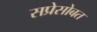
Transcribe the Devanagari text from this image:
सप्रेसोबत